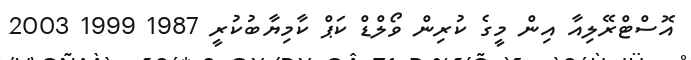
އޮސްޓްރޭލިއާ އިން މީގެ ކުރިން ވޯލްޑް ކަޕް ކާމިޔާބުކުރީ 1987 1999 2003